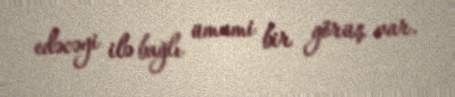
edəcəyi ilə bağlı ümumi bir görüş var.